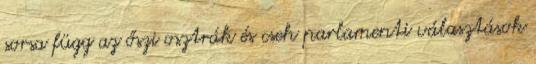
sorsa függ az őszi osztrák és cseh parlamenti választások